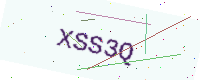
Text: XSS3Q